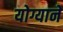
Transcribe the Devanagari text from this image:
योग्याने